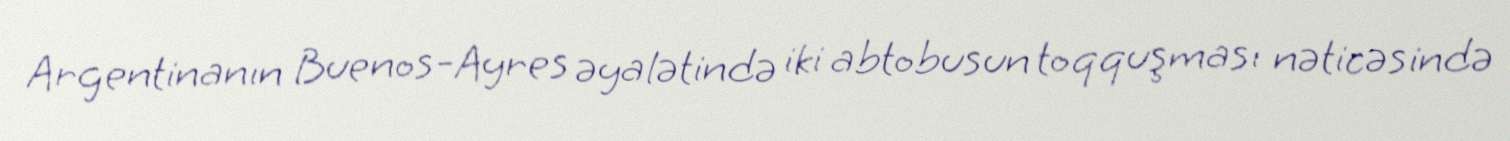
Argentinanın Buenos-Ayres əyalətində iki abtobusun toqquşması nəticəsində